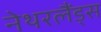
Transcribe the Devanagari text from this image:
नेथरलैंड्स